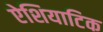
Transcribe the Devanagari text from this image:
ऐशियाटिक